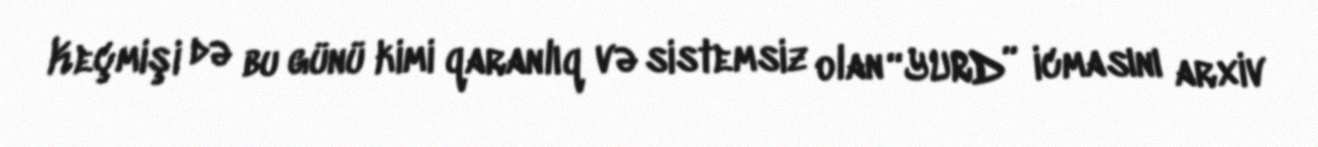
Keçmişi də bu günü kimi qaranlıq və sistemsiz olan “YURD” icmasını arxiv